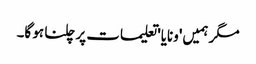
مگر ہمیں 'ونایا' تعلیمات پر چلنا ہو گا۔